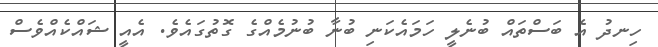
ހިނދު އެ ބަސްތައް ބުނެލީ ހަމައެކަނި ބުނާ ބުނުމެއްގެ ގޮތުގައެވެ. އެއީ ޝައްކެއްވެސް